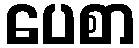
ပေစာ